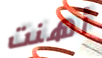
أهنت